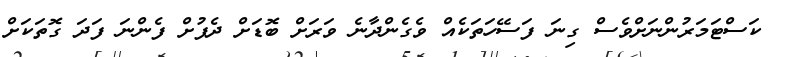
ކަސްޓަމަރުންނަށްވެސް ގިނަ ފަސޭހަތަކެއް ވެގެންދާނެ ވަރަށް ބޮޑަށް ދެފުށް ފެންނަ ފަދަ ގޮތަކަށް